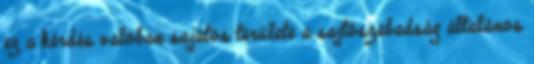
ez a kérdés valóban sajátos területe a sajtószabadság általános